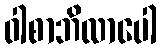
ဝါစာဘိလာပေါ